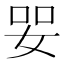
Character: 𡜓